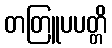
တတြူပပတ္တိ